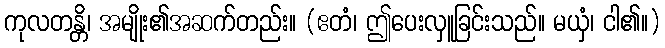
ကုလတန္တိ၊ အမျိုး၏အဆက်တည်း။ (ဧတံ၊ ဤပေးလှူခြင်းသည်။ မယှံ၊ ငါ၏။)